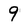
Character: 9